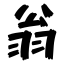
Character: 翁